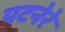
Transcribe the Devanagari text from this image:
पटनेरे